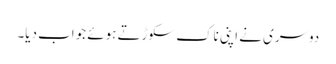
دوسری نے اپنی ناک سکوڑتے ہوئے جواب دیا۔